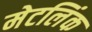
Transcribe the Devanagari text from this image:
मेटलिंक